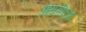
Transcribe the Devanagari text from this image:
आयसीएओ